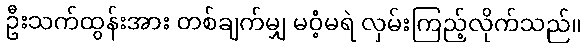
ဦးသက်ထွန်းအား တစ်ချက်မျှ မဝံ့မရဲ လှမ်းကြည့်လိုက်သည်။